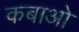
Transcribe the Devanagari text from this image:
कबाओ